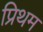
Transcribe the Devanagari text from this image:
प्रिथम